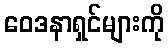
ဝေဒနာရှင်များကို